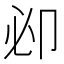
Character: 𠨘